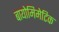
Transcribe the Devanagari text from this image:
बायोमिमेटिक